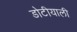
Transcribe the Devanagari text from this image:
डोटीयाली